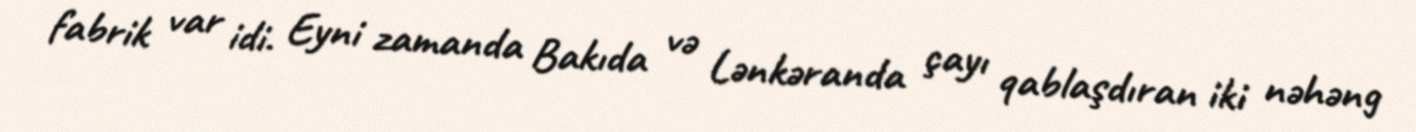
fabrik var idi. Eyni zamanda Bakıda və Lənkəranda çayı qablaşdıran iki nəhəng